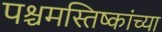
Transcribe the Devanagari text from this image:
पश्चमस्तिष्कांच्या